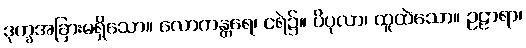
ဒုက္ခအခြားမရှိသော။ လောကန္တရေ၊ ငရဲ၌။ ပိပုလာ၊ ထူထဲသော။ ဥဠာရာ၊